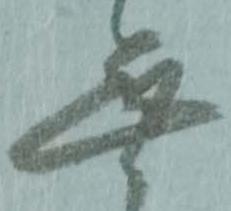
無